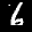
Digit: 6